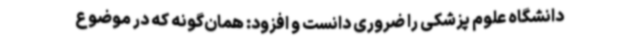
دانشگاه علوم پزشکی را ضروری دانست و افزود: همان‌گونه که در موضوع